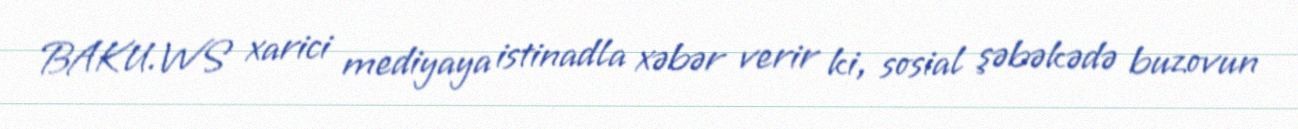
BAKU.WS xarici mediyaya istinadla xəbər verir ki, sosial şəbəkədə buzovun